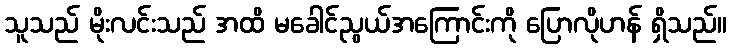
သူသည် မိုးလင်းသည် အထိ မခေါင်ညွယ်အကြောင်းကို ပြောလိုဟန် ရှိသည်။